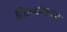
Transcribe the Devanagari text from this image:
तिरुवेंगदम